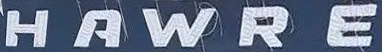
H A W R E